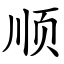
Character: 顺